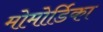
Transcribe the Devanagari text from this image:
मोमोर्डिका